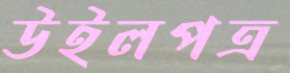
উইলপত্র